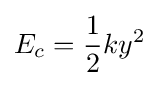
E_{c}={\frac {1}{2}}ky^{2}